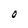
Character: O